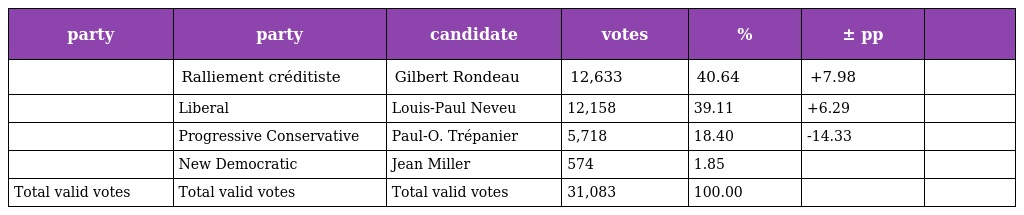
| party | party | candidate | votes | % | ± pp |  |
 | --- | --- | --- | --- | --- | --- | --- |
 |  | Ralliement créditiste | Gilbert Rondeau | 12,633 | 40.64 | +7.98 |  |
 |  | Liberal | Louis-Paul Neveu | 12,158 | 39.11 | +6.29 |  |
 |  | Progressive Conservative | Paul-O. Trépanier | 5,718 | 18.40 | -14.33 |  |
 |  | New Democratic | Jean Miller | 574 | 1.85 |  |  |
 | Total valid votes | Total valid votes | Total valid votes | 31,083 | 100.00 |  |  |